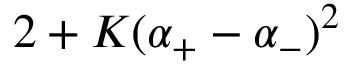
2 + K ( \alpha _ { + } - \alpha _ { - } ) ^ { 2 }